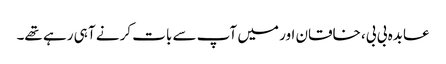
عابدہ بی بی، خاقان اور میں آپ سے بات کرنے آ ہی رہے تھے۔